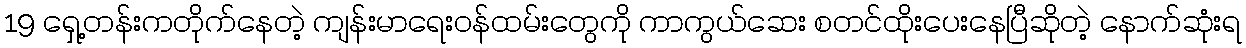
19 ရှေ့တန်းကတိုက်နေတဲ့ ကျန်းမာရေးဝန်ထမ်းတွေကို ကာကွယ်ဆေး စတင်ထိုးပေးနေပြီဆိုတဲ့ နောက်ဆုံးရ